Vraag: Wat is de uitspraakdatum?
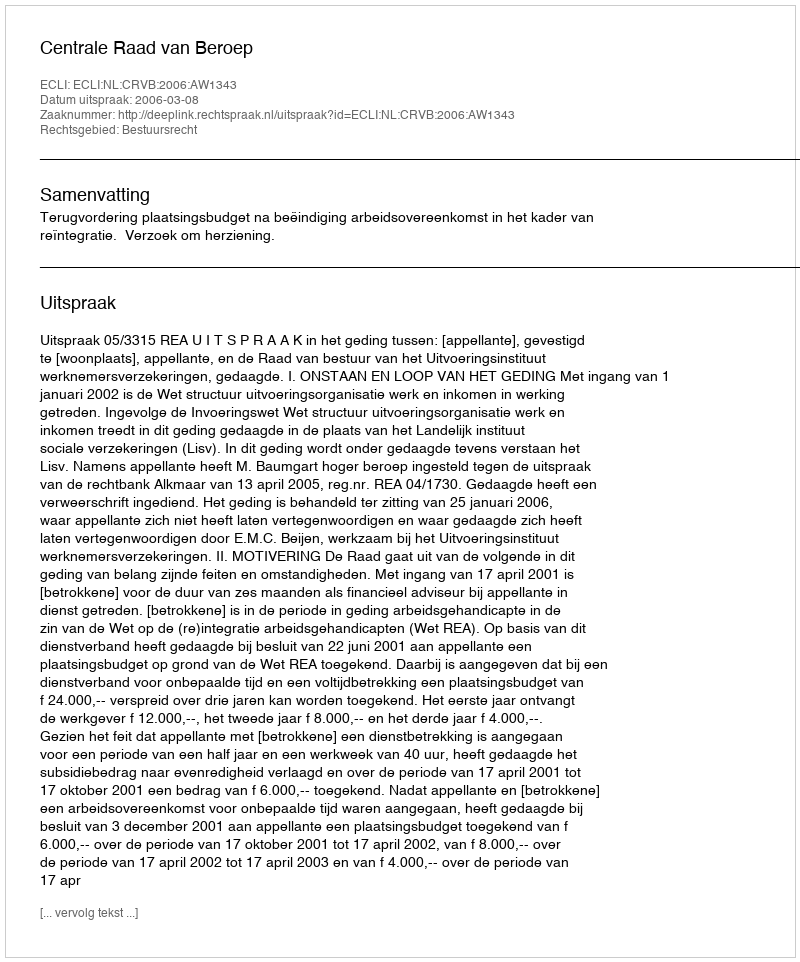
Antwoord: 2006-03-08